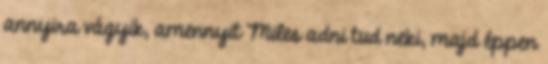
annyira vágyik, amennyit Miles adni tud neki, majd éppen